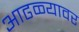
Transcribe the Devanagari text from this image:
आढळ्यावर